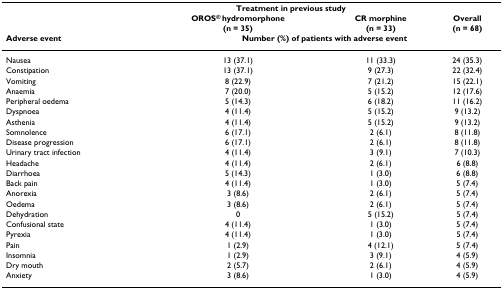
<table><thead><tr><td>[EMPTY_CELL]</td><td colspan="2"><b>Treatment in previous study</b></td><td>[EMPTY_CELL]</td></tr><tr><td>[EMPTY_CELL]</td><td><b>OROS<sup>® </sup>hydromorphone(n = 35)</b></td><td><b>CR morphine(n = 33)</b></td><td><b>Overall(n = 68)</b></td></tr><tr><td><b>Adverse event</b></td><td colspan="3"><b>Number (%) of patients with adverse event</b></td></tr></thead><tbody><tr><td>Nausea</td><td>13 (37.1)</td><td>11 (33.3)</td><td>24 (35.3)</td></tr><tr><td>Constipation</td><td>13 (37.1)</td><td>9 (27.3)</td><td>22 (32.4)</td></tr><tr><td>Vomiting</td><td>8 (22.9)</td><td>7 (21.2)</td><td>15 (22.1)</td></tr><tr><td>Anaemia</td><td>7 (20.0)</td><td>5 (15.2)</td><td>12 (17.6)</td></tr><tr><td>Peripheral oedema</td><td>5 (14.3)</td><td>6 (18.2)</td><td>11 (16.2)</td></tr><tr><td>Dyspnoea</td><td>4 (11.4)</td><td>5 (15.2)</td><td>9 (13.2)</td></tr><tr><td>Asthenia</td><td>4 (11.4)</td><td>5 (15.2)</td><td>9 (13.2)</td></tr><tr><td>Somnolence</td><td>6 (17.1)</td><td>2 (6.1)</td><td>8 (11.8)</td></tr><tr><td>Disease progression</td><td>6 (17.1)</td><td>2 (6.1)</td><td>8 (11.8)</td></tr><tr><td>Urinary tract infection</td><td>4 (11.4)</td><td>3 (9.1)</td><td>7 (10.3)</td></tr><tr><td>Headache</td><td>4 (11.4)</td><td>2 (6.1)</td><td>6 (8.8)</td></tr><tr><td>Diarrhoea</td><td>5 (14.3)</td><td>1 (3.0)</td><td>6 (8.8)</td></tr><tr><td>Back pain</td><td>4 (11.4)</td><td>1 (3.0)</td><td>5 (7.4)</td></tr><tr><td>Anorexia</td><td>3 (8.6)</td><td>2 (6.1)</td><td>5 (7.4)</td></tr><tr><td>Oedema</td><td>3 (8.6)</td><td>2 (6.1)</td><td>5 (7.4)</td></tr><tr><td>Dehydration</td><td>0</td><td>5 (15.2)</td><td>5 (7.4)</td></tr><tr><td>Confusional state</td><td>4 (11.4)</td><td>1 (3.0)</td><td>5 (7.4)</td></tr><tr><td>Pyrexia</td><td>4 (11.4)</td><td>1 (3.0)</td><td>5 (7.4)</td></tr><tr><td>Pain</td><td>1 (2.9)</td><td>4 (12.1)</td><td>5 (7.4)</td></tr><tr><td>Insomnia</td><td>1 (2.9)</td><td>3 (9.1)</td><td>4 (5.9)</td></tr><tr><td>Dry mouth</td><td>2 (5.7)</td><td>2 (6.1)</td><td>4 (5.9)</td></tr><tr><td>Anxiety</td><td>3 (8.6)</td><td>1 (3.0)</td><td>4 (5.9)</td></tr></tbody></table>